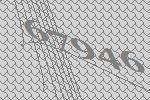
67946